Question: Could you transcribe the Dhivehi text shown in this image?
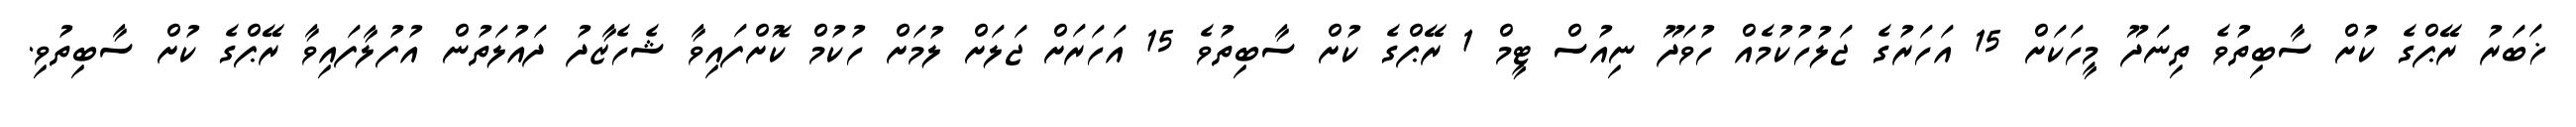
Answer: ޚަބަރު ރޭޕްގެ ކުށް ސާބިތުވެ ތިނަދޫ މީހަކަށް 15 އަހަރުގެ ޖަލުހުކުމެއް ހުވަދޫ ނިއުސް ޓީމް 1 ރޭޕްގެ ކުށް ސާބިތުވެ 15 އަހަރަށް ޖަލަށް ލުމަށް ހުކުމް ކޮށްފައިވާ ޝެހެޒާދު ދައުލަތުން އުފުލާފައިވާ ރޭޕްގެ ކުށް ސާބިތުވި.